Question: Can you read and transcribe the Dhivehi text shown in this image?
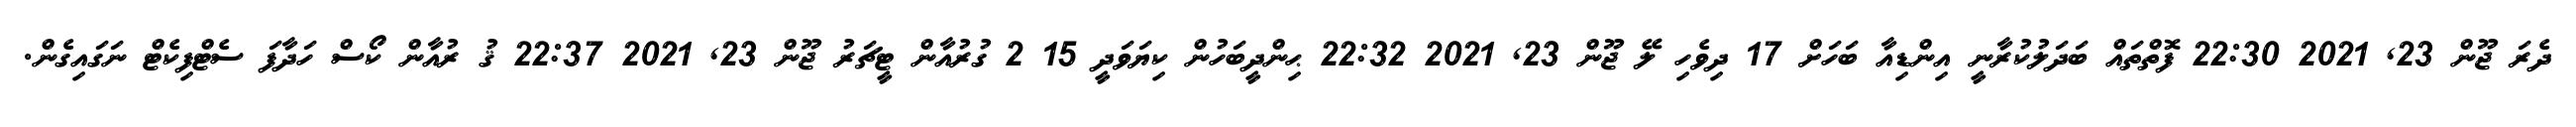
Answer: ދެރަ ޖޫން 23, 2021 22:30 ފޮތްތައް ބަދަލުކުރާނީ އިންޑިއާ ބަހަށް 17 ދިވެހި ލޭ ޖޫން 23, 2021 22:32 ޙިންދީބަހުން ކިޔަވަދީ 15 2 ގުރުއާން ޓީޗަރު ޖޫން 23, 2021 22:37 ޤު ރުއާން ކޯސް ހަދާފަ ސެޓްފިކެޓް ނަގައިގެން.